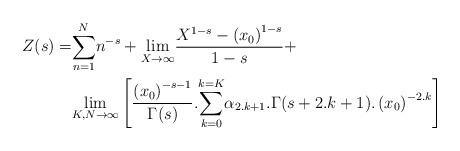
LaTeX: \begin{align*}Z(s)=&\underset{n=1}{\overset{N}{\sum }}n^{-s}+\underset{X\rightarrow \infty }{\lim }\frac{X^{1-s}-\left(x_0\right)^{1-s}}{1-s}+\\&\underset{K,N\rightarrow \infty }{\lim }\left[\frac{\left(x_0\right)^{-s-1}}{\Gamma (s)}.\underset{k=0}{\overset{k=K}{\sum }}\alpha _{2.k+1}.\Gamma (s+2.k+1).\left(x_0\right)^{-2.k}\right] \end{align*}